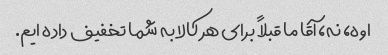
اوه، نه، آقا ما قبلاً برای هر کالا به شما تخفیف داده ایم.